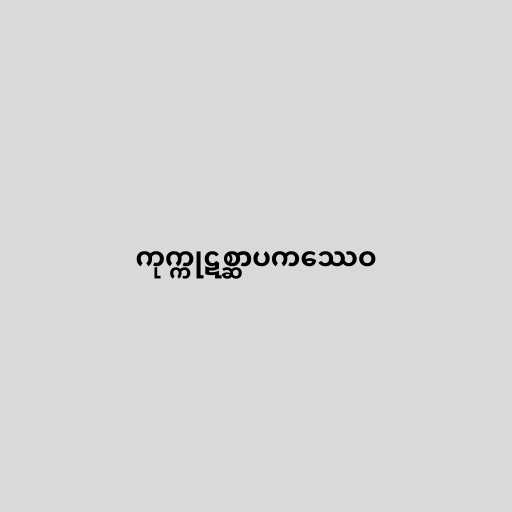
ကုက္ကုဋစ္ဆာပကဿေဝ